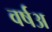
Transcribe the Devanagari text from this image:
वर्षअ